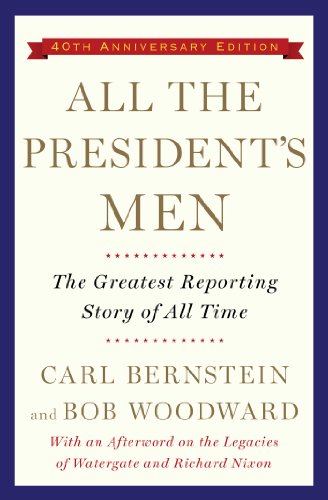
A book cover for All the President's Men; Bob Woodward; Politics & Social Sciences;